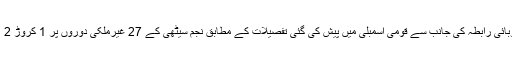
وزارت بین الصوبائی رابطہ کی جانب سے قومی اسمبلی میں پیش کی گئی تفصیلات کے مطابق نجم سیٹھی کے 27 غیرملکی دوروں پر 1 کروڑ 2 لاکھ خرچ ہوئے۔